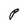
Character: P